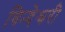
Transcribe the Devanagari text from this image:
विन्देश्वरी